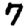
Digit: 7